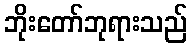
ဘိုးတော်ဘုရားသည်